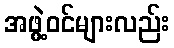
အဖွဲ့ဝင်များလည်း